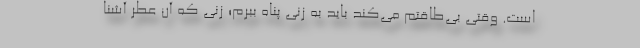
است. وقتی بی‌طاقتم می‌کند باید به زنی پناه ببرم؛ زنی که آن عطر آشنا